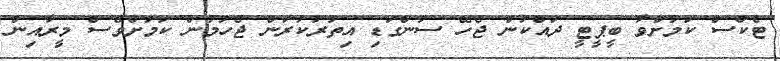
ޓެކްސް ކަމަށްވާ ބީޕީޓީ ދައްކަން ޖެހޭ ސުންގަޑި އިތުރުކުރަން ޖެހުމުން ކަމަށްވެސް މީރާއިން